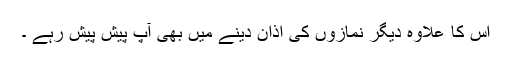
اس کا علاوہ دیگر نمازوں کی اذان دینے میں بھی آپ پیش پیش رہے ۔